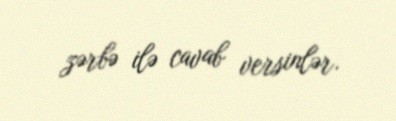
zərbə ilə cavab versinlər.